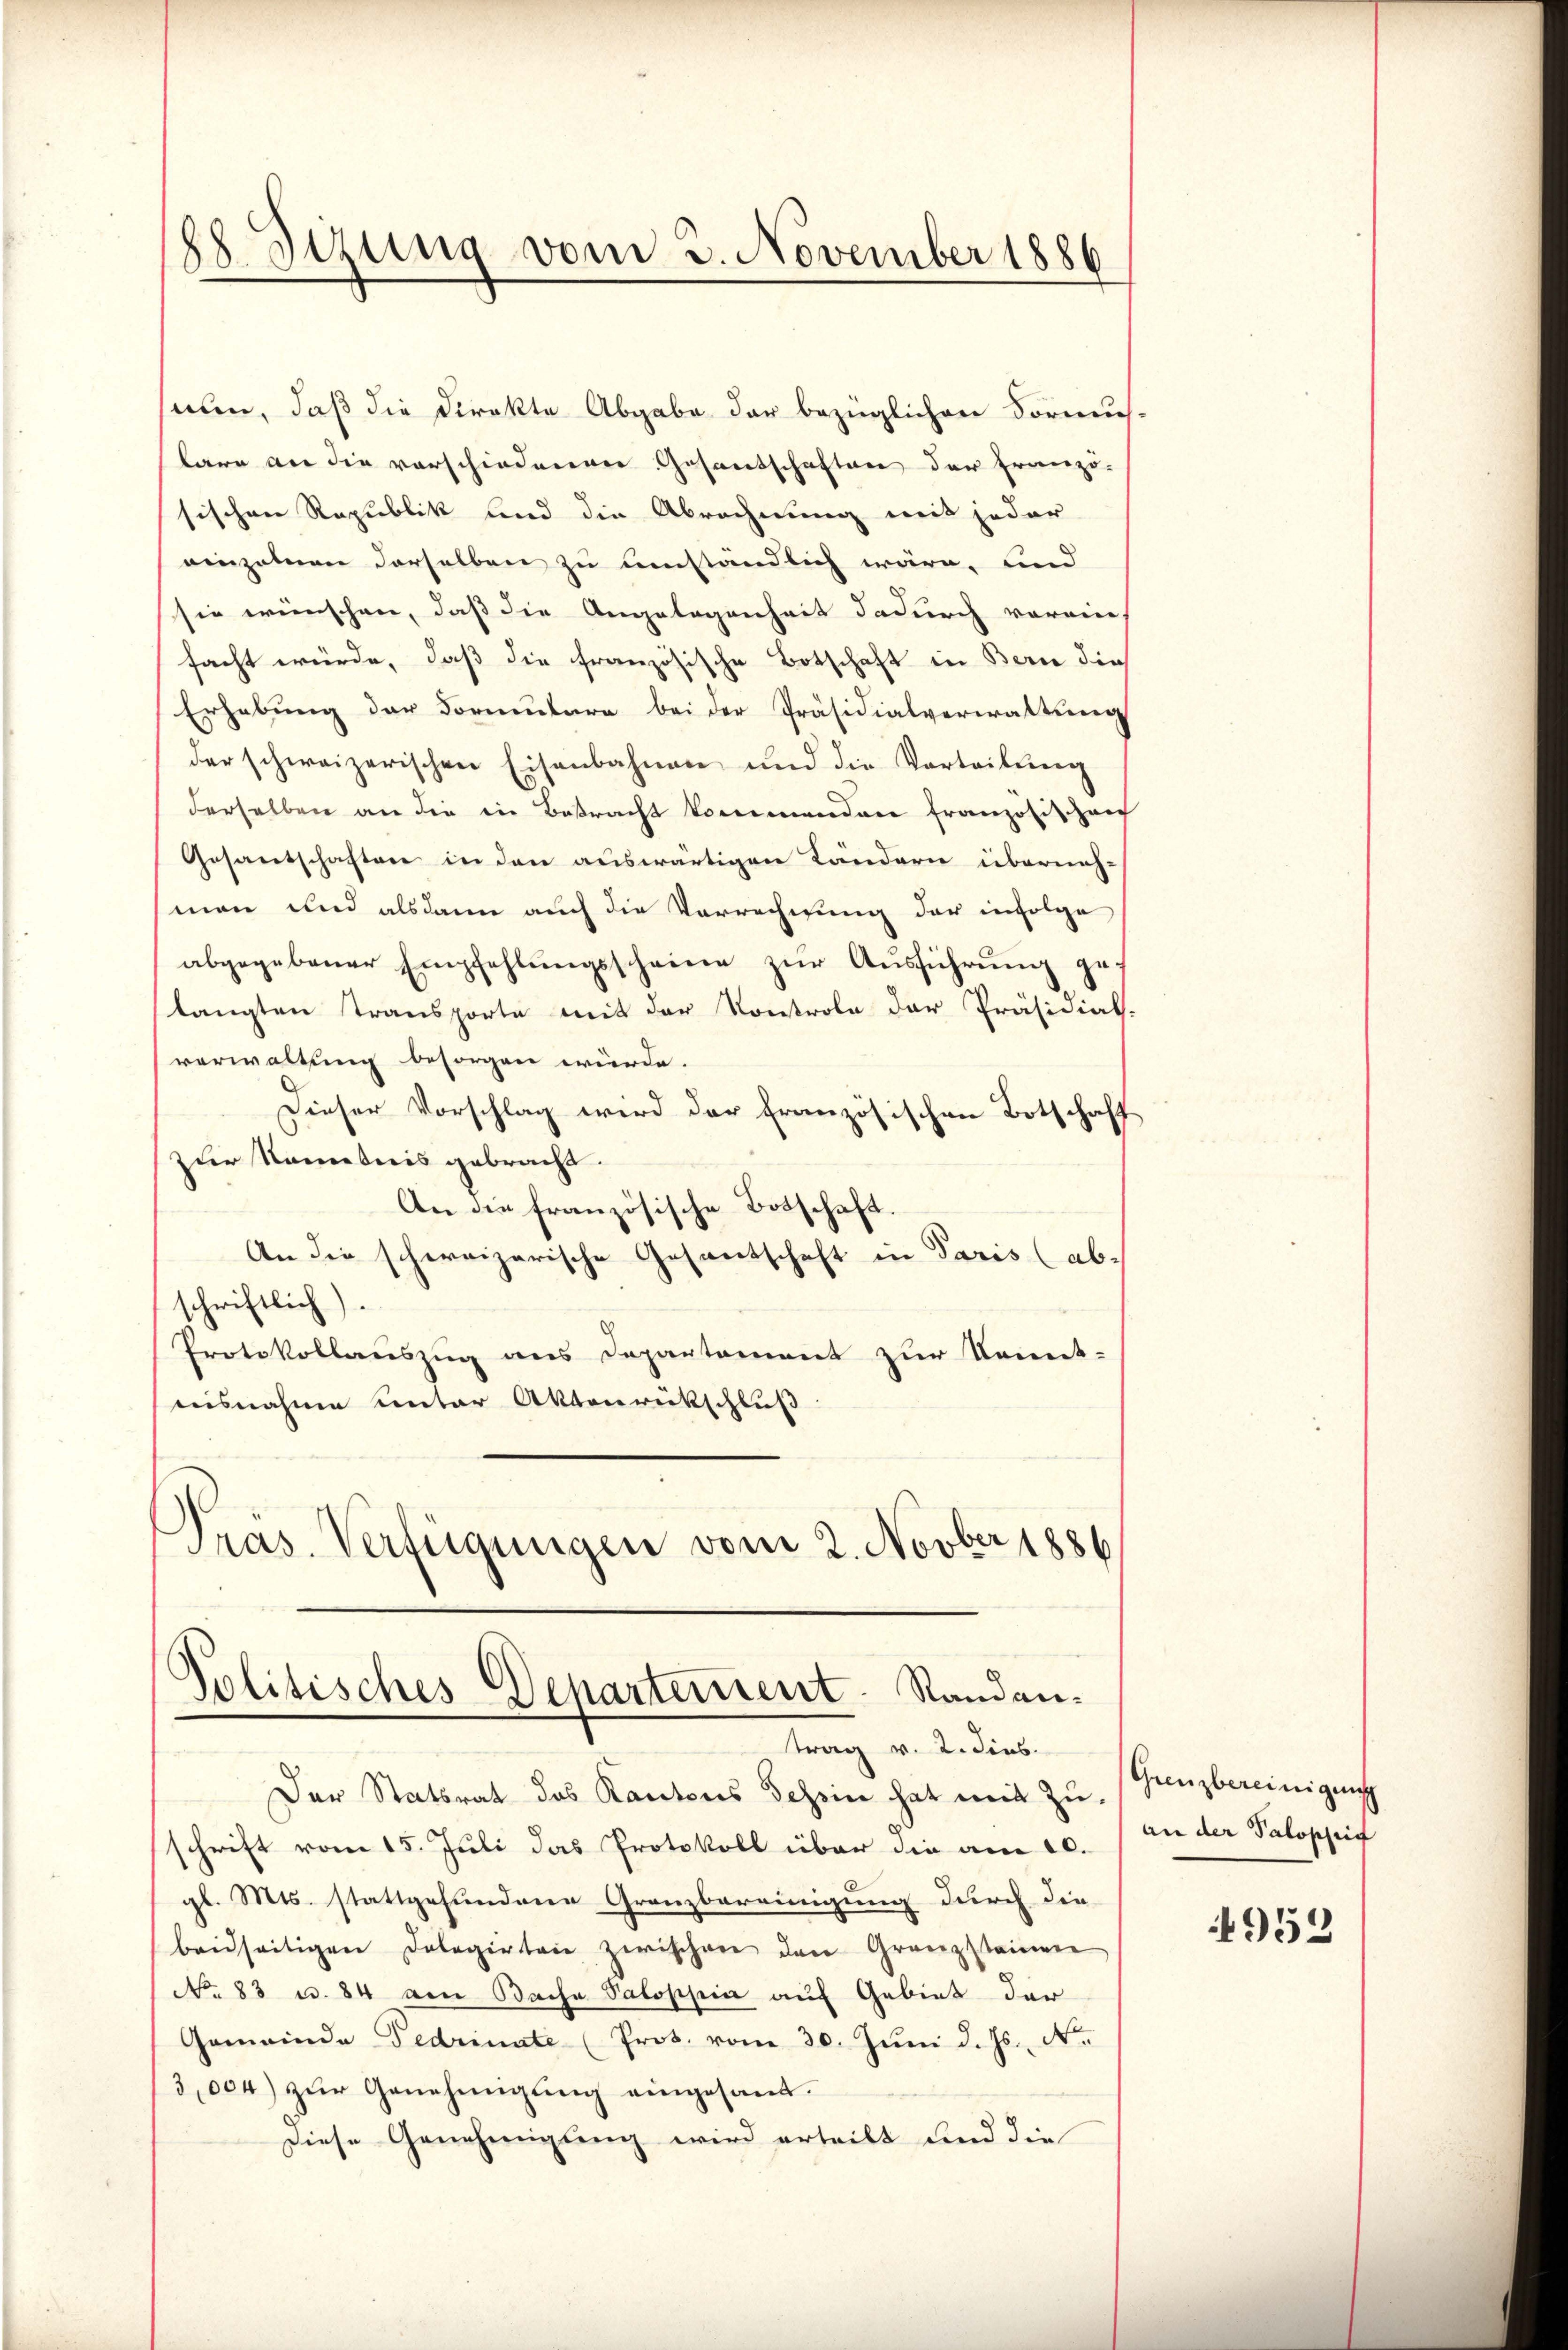
88 Sizung vom 3. November 1886

saun, daß die Direkte Abgabe der bezüglichen Vormus-
bare an die vorschiedenen Gesantschaften der Franzö-
sischen Republik und die Abrechnung mit jeder
einzelnen derselben zu umständlich wäre, und
sie wünschen, daß die Angelegenheit dadurch voreins
facht würde, daß die französische Botschaft in Bern die
Erhebung der Formulare bei der Präsidialverwaltung
der schweizerischen Eisenbahnen und die Vertribung
derselben an die in Betracht kommenden franzosis auf
Gesantschaften in den auswärtigen Ländern überneh-
(man und alsdann auch die Vorrechnung der infolge
abgegebener Empfehlungsscheine zur Ausführung gelangten Transporte mit der Kontrole der Präsidial-
verwaltung besorgen würde.
Dieser Vorschlag wird der französischen Botschaft
zur Namenis gebracht.
An die französische Botschaft.
An die schweizerische Gesantschaft in Paris (abschriftlich)
Protokollauszug aus Departement zur Kennt-
nisnahme unter Aktenrückschluß
Pras. Verfügungen vom 2. Novbr 1886

Politisches Departement. Randantrag v. 2. dies

Der Statsrat das Kantons Tessin hat mit Zuschrift vom 15. Juli das Protokoll über die am 10.
gl. Mts. stattgefundene Granzbereinigung durch die
beidseitigen Dolegirten zwischen den Granzsteinen
No. 83 u. 84 am Bache Paloppia auf Gebiet der
Gemeinde Fedrenate (Prot. vom 30. Jŭni d. Js., Nr.
3,004) zŭr Genehmigŭng eingesamt.
Diese Genehmigung wird ertritt und die

Grenzbereinigung
an der Palosheit

4953